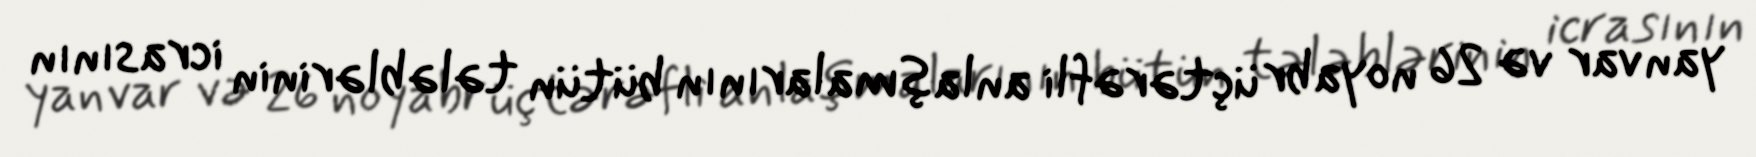
yanvar və 26 noyabr üçtərəfli anlaşmalarının bütün tələblərinin icrasının